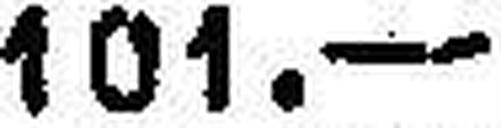
101.—